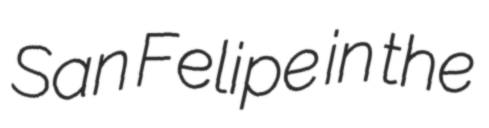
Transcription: San Felipe in the